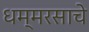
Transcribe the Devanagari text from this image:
धम्मरसाचे